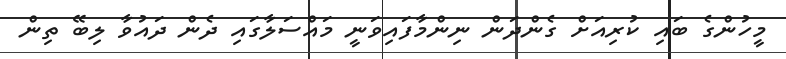
މީހުންގެ ބައި ކުރިއަށް ގެންދަން ނިންމާފައިވަނީ މައްސަލާގައި ދެން ދައުވާ ލިބޭ ތިން